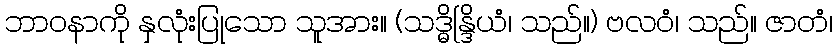
ဘာဝနာကို နှလုံးပြုသော သူအား။ (သဒ္ဓိန္ဒြိယံ၊ သည်။) ဗလဝံ၊ သည်။ ဇာတံ၊